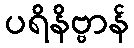
ပရိနိဗ္ဗာန်